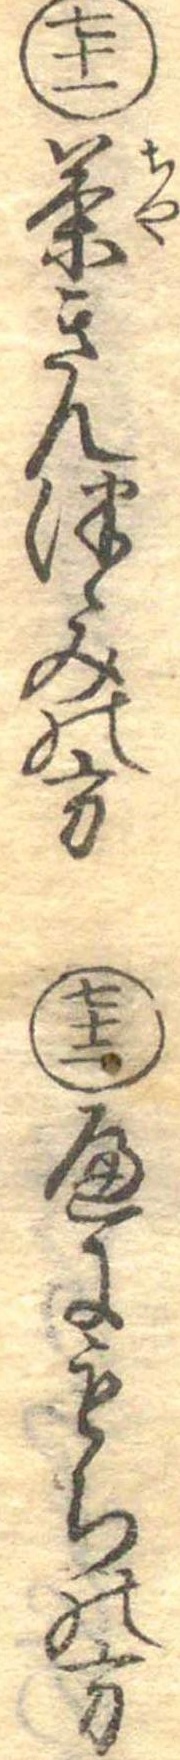
七十一茶きんつゝみの方七十二へにもちの方